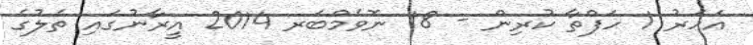
އަހަރު 1 ހަފްތާ ކުރިން - 18 ނޮވެމްބަރ 2014 އީރާނުގައި ތެލުގެ